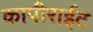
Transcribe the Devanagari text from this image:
कापीराईट